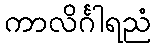
ကာလိင်္ဂါရညံ